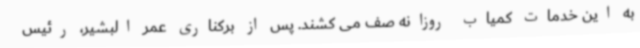
به این خدمات کمیاب روزانه صف می کشند. پس از برکناری عمر البشیر، رئیس